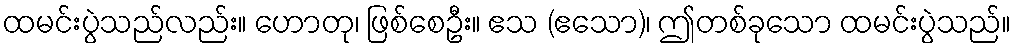
ထမင်းပွဲသည်လည်း။ ဟောတု၊ ဖြစ်စေဦး။ ဧသ (ဧသော)၊ ဤတစ်ခုသော ထမင်းပွဲသည်။